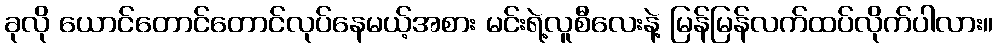
ခုလို ယောင်တောင်တောင်လုပ်နေမယ့်အစား မင်းရဲ့လူစီလေးနဲ့ မြန်မြန်လက်ထပ်လိုက်ပါလား။